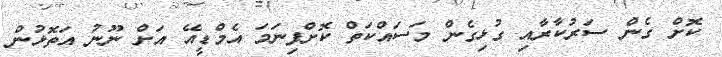
ކޮށް ގެން ސަރުކާރާއި ގުޅިގެން މަސައްކަތް ކޮށްފިނަމަ އެމްޑީއޭ އަށް ނޫނު އަތޮޅުން